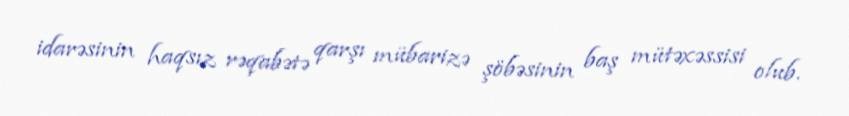
idarəsinin haqsız rəqabətə qarşı mübarizə şöbəsinin baş mütəxəssisi olub.